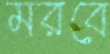
মরবে